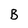
Character: B